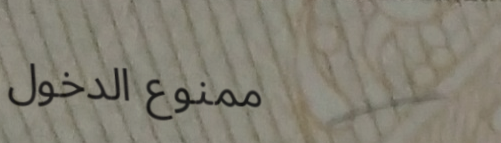
ممنوع الدخول